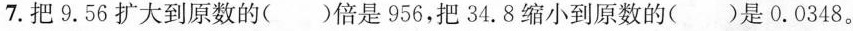
7.把9.56扩大到原数的( )倍是956，把34.8缩小到原数的( )是0.0348。